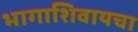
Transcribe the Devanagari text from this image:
भागाशिवायचा